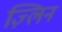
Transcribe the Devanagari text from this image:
ज़्लिन